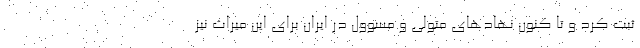
ثبت کرد و تا کنون نهادهای متولی و مسوول در ایران برای این میراث نیز